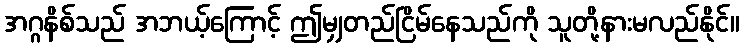
အဂ္ဂနိစ်သည် အဘယ့်ကြောင့် ဤမျှတည်ငြိမ်နေသည်ကို သူတို့နားမလည်နိုင်။